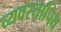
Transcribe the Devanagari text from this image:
व्यवस्तापिथ